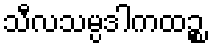
သီလသမ္ပဒါကထဉ္စ